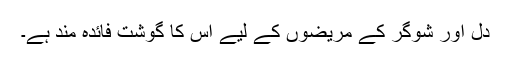
دل اور شوگر کے مریضوں کے لیے اس کا گوشت فائدہ مند ہے۔